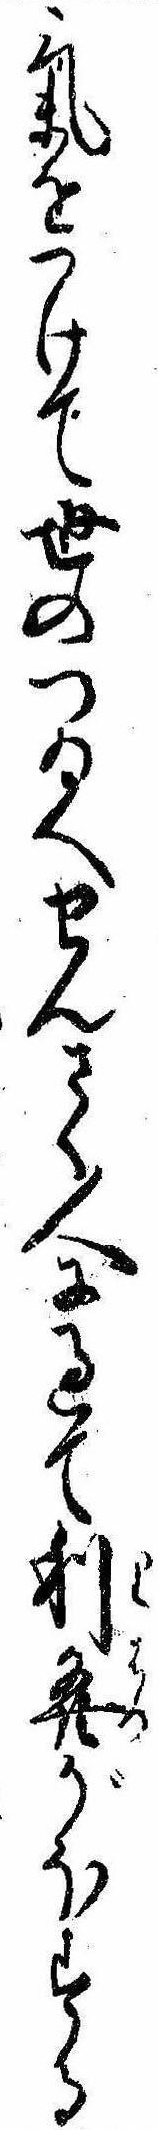
気をつけて世のつゐへせんさく人に過て利発がほする